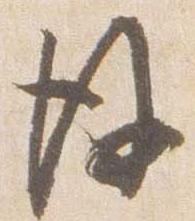
後